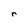
Character: r